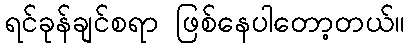
ရင်ခုန်ချင်စရာ ဖြစ်နေပါတော့တယ်။